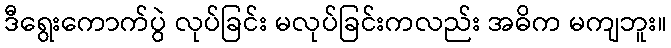
ဒီရွေးကောက်ပွဲ လုပ်ခြင်း မလုပ်ခြင်းကလည်း အဓိက မကျဘူး။